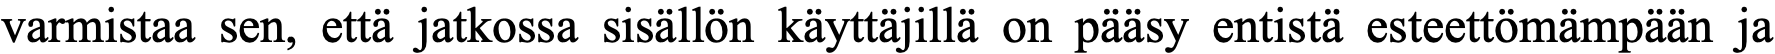
varmistaa sen, että jatkossa sisällön käyttäjillä on pääsy entistä esteettömämpään ja